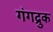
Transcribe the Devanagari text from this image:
गंगद्रुक